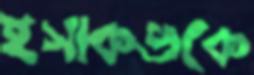
ইসাকভকে